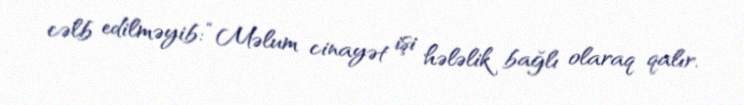
cəlb edilməyib: “Məlum cinayət işi hələlik bağlı olaraq qalır.